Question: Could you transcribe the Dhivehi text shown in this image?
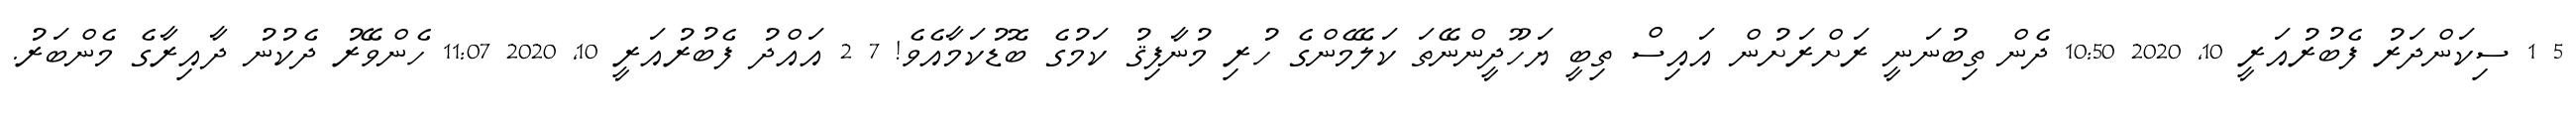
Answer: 5 1 ސިކަންދަރު ފެބުރުއަރީ 10, 2020 10:50 ދެން ތިބުނަނީ ރަށްރަށުން އައިސް ތިބީ ޔަހޫދީންނޭތަ ކަލޭމެންގެ ހުރި މުނާފިޤު ކަމުގެ ބޮޑުކަމާއެވެ! 7 2 އައްދު ފެބުރުއަރީ 10, 2020 11:07 ހެންވޭރު ދެކުނު ދާއިރާގެ މެންބަރު.